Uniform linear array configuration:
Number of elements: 24
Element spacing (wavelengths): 0.75
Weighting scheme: binomial
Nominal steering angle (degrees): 45
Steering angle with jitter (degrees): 46.261
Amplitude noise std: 0.05
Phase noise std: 0.05

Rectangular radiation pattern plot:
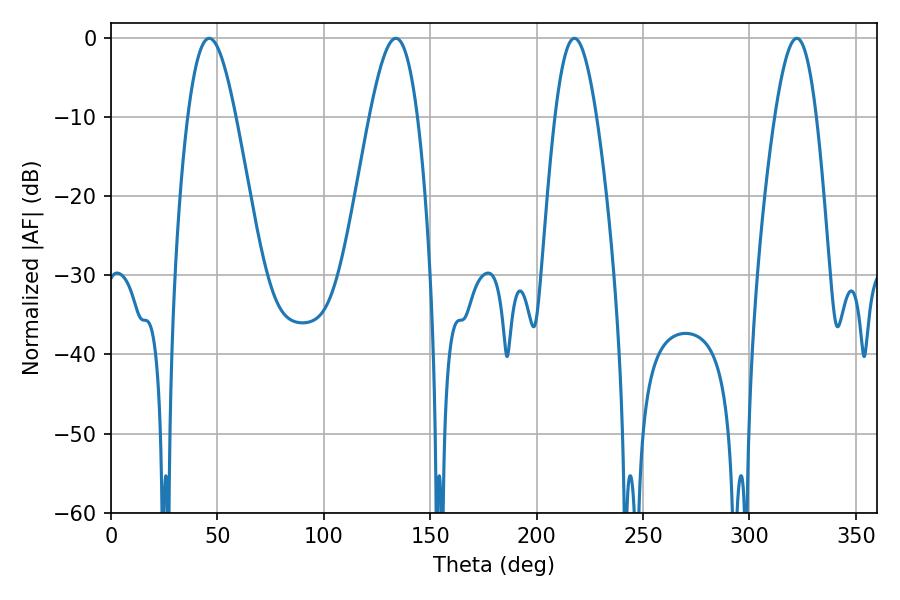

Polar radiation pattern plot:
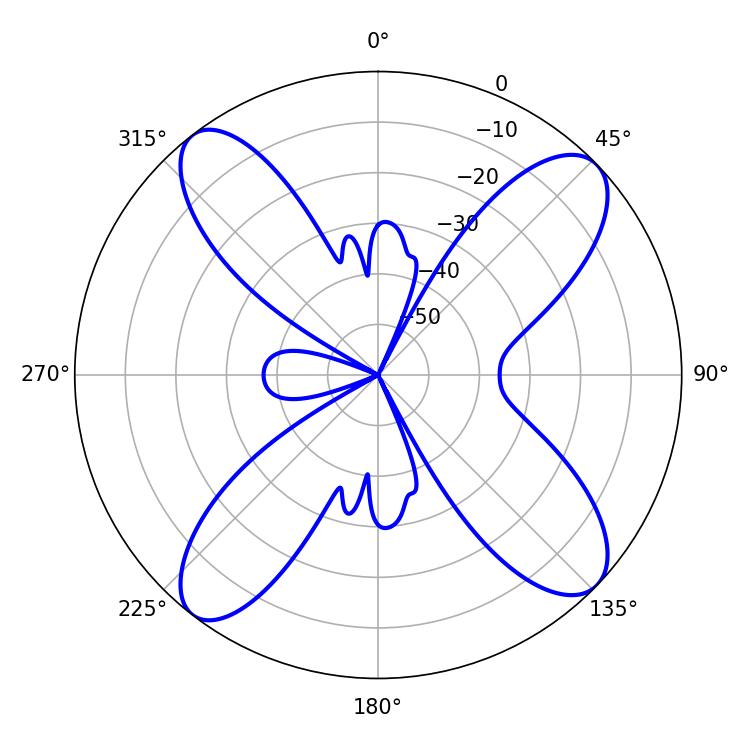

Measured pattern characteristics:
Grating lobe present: TRUE
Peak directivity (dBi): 13.469
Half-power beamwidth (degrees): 10.62
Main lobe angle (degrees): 322.2